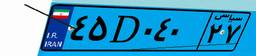
۴۵D۰۴۰۲۷